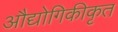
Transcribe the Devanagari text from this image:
औद्योगिकीकृत